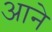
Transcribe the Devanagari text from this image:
अाने